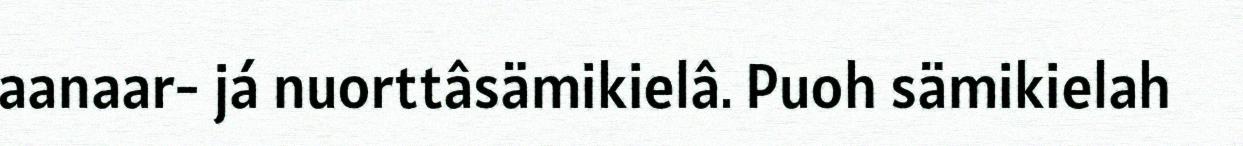
aanaar- já nuorttâsämikielâ. Puoh sämikielah